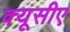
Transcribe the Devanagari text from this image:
क्यूसीए